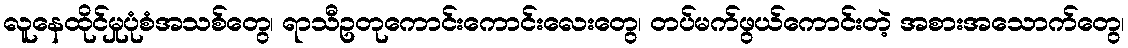
လူနေထိုင်မှုပုံစံအသစ်တွေ၊ ရာသီဥတုကောင်းကောင်းလေးတွေ၊ တပ်မက်ဖွယ်ကောင်းတဲ့ အစားအသောက်တွေ၊